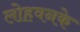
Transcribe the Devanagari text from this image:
लोहवनके